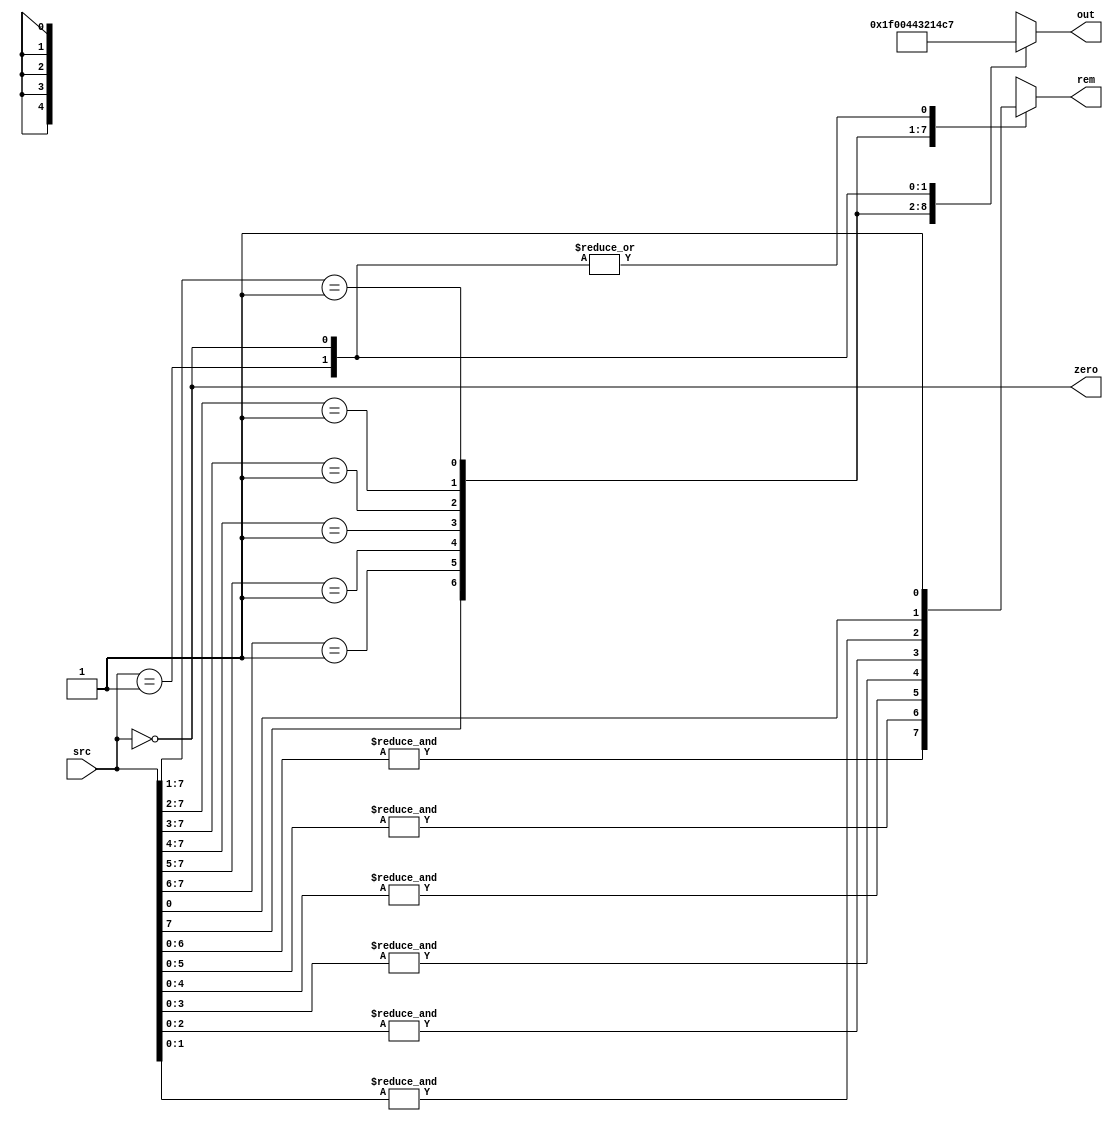
// This program was cloned from: https://github.com/T-head-Semi/openc906
// License: Apache License 2.0

/*Copyright 2020-2021 T-Head Semiconductor Co., Ltd.

Licensed under the Apache License, Version 2.0 (the "License");
you may not use this file except in compliance with the License.
You may obtain a copy of the License at

    http://www.apache.org/licenses/LICENSE-2.0

Unless required by applicable law or agreed to in writing, software
distributed under the License is distributed on an "AS IS" BASIS,
WITHOUT WARRANTIES OR CONDITIONS OF ANY KIND, either express or implied.
See the License for the specific language governing permissions and
limitations under the License.
*/

// &ModuleBeg; @17
module aq_vdsp_8_bit_ff1(
  out,
  rem,
  src,
  zero
);

// &Ports; @18
input   [7:0]  src;   
output  [4:0]  out;   
output         rem;   
output         zero;  

// &Regs; @19
reg            rem_1; 
reg     [4:0]  result; 

// &Wires; @20
wire    [4:0]  out;   
wire           rem;   
wire    [7:0]  src;   
wire           zero;  


// &CombBeg; @22
always @( src[7:0])
begin
casez(src[7:0])
  8'b1???_????: begin rem_1 = &src[6:0]; result[4:0] = 5'b11111; end 
  8'b01??_????: begin rem_1 = &src[5:0]; result[4:0] = 5'b00000; end
  8'b001?_????: begin rem_1 = &src[4:0]; result[4:0] = 5'b00001; end
  8'b0001_????: begin rem_1 = &src[3:0]; result[4:0] = 5'b00010; end
  8'b0000_1???: begin rem_1 = &src[2:0]; result[4:0] = 5'b00011; end
  8'b0000_01??: begin rem_1 = &src[1:0]; result[4:0] = 5'b00100; end
  8'b0000_001?: begin rem_1 =  src[0]  ; result[4:0] = 5'b00101; end
  8'b0000_0001: begin rem_1 = 1'b1     ; result[4:0] = 5'b00110; end
  8'b0000_0000: begin rem_1 = 1'b1     ; result[4:0] = 5'b00111; end
  default     : begin rem_1 = 1'bx     ; result[4:0] ={5{1'bx}}; end
endcase
// &CombEnd; @35
end

assign out[4:0] = result[4:0];
assign rem      = rem_1;
assign zero     = (src[7:0]==8'b0000_0000);

// &ModuleEnd; @41
endmodule